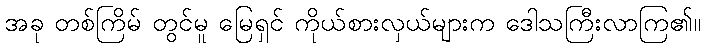
အခု တစ်ကြိမ် တွင်မူ မြေရှင် ကိုယ်စားလှယ်များက ဒေါသကြီးလာကြ၏။